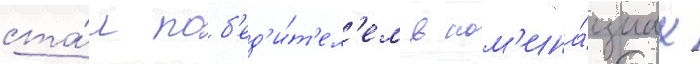
ста́л поб'ед'и́т'ел'ем в ном'ина́циах